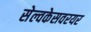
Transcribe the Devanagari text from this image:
सेल्वकेसवरयर